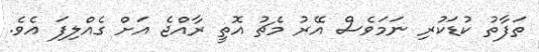
ތަފާތު ކުޑަކުރި ނަމަވެސް އޭރު މެޗު އޮތީ ރާއްޖެ އަށް ގެއްލިފަ އެވެ.